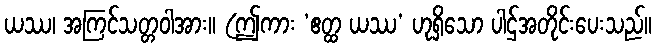
ယဿ၊ အကြင်သတ္တဝါအား။ (ဤကား ‘ဧတ္ထ ယဿ’ ဟုရှိသော ပါဌ်အတိုင်းပေးသည်။